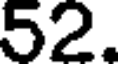
52.